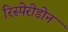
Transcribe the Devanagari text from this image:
रिस्पेरीडोन